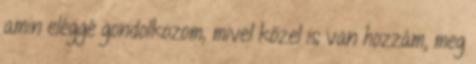
amin eléggé gondolkozom, mivel közel is van hozzám, meg